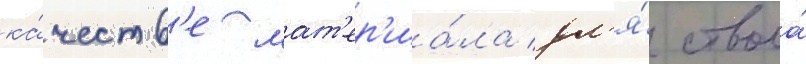
ка́честв'е мат'ер'иа́ла дл'я́ ствола́